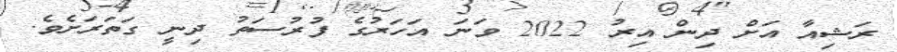
ރަޝިއާ އަށް ދިން އިރު 2022 ވަނަ އަހަރުގެ ފުރުސަތު ދިނީ ގަތަރަށެވެ.